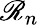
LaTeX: \mathscr{R}_{n}